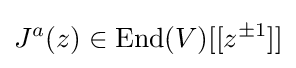
J^{a}(z)\in \mathrm {End} (V)[[z^{\pm 1}]]